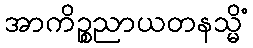
အာကိဉ္စညာယတနသ္မိံ